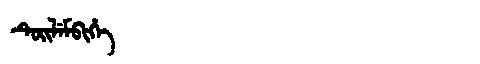
Manchu: ᡨᡠᡳᠯᡝᠮᠪᡳᡥᡝ
Romanization: TUILEMBIHE